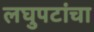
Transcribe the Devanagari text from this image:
लघुपटांचा